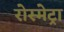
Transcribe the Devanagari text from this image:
रोस्मेट्रा